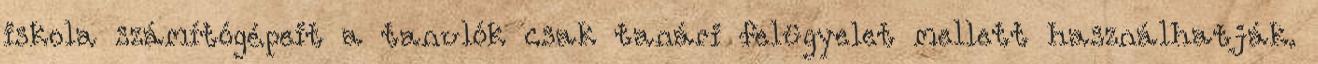
iskola számítógépeit a tanulók csak tanári felügyelet mellett használhatják.